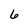
Character: 6